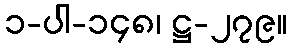
၁-ပါ-၁၄၈၊ ဋ္ဌ-၂၇၉။